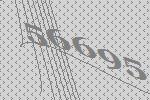
56695